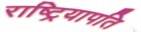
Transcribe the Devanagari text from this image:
राष्ट्रियापति